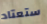
ستعتاد